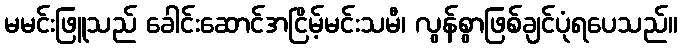
မမင်းဖြူသည် ခေါင်းဆောင်အငြိမ့်မင်းသမီ၊ လွန်စွာဖြစ်ချင်ပုံရပေသည်။